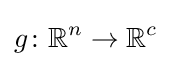
g\colon \mathbb {R} ^{n}\to \mathbb {R} ^{c}